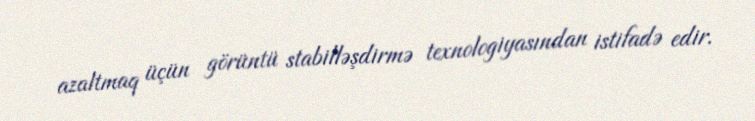
azaltmaq üçün görüntü stabilləşdirmə texnologiyasından istifadə edir.